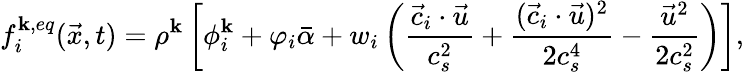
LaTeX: f_{i}^{\mathbf{k},eq}(\vec{{x}},t)=\rho^{\mathbf{k}}\left[\phi_{i}^{\mathbf{k}}+\varphi_{i}\bar{{\alpha}}+w_{i}\left(\frac{{\vec{{c}}_{i}\cdot\vec{{u}}}}{{c_{s}^{2}}}+\frac{{(\vec{{c}}_{i}\cdot\vec{{u}})^{2}}}{{2c_{s}^{4}}}-\frac{{\vec{{u}}^{2}}}{{2c_{s}^{2}}}\right)\right],